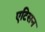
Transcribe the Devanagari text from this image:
एटिसन